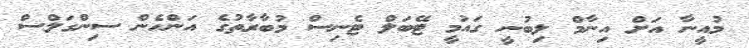
މުއީނާ އަށް އިނާމް ލިބުނީ ގައުމީ ޓޭބަލް ޓެނިސް މުބާރާތުގެ އަންހެން ސިންގަލްސް